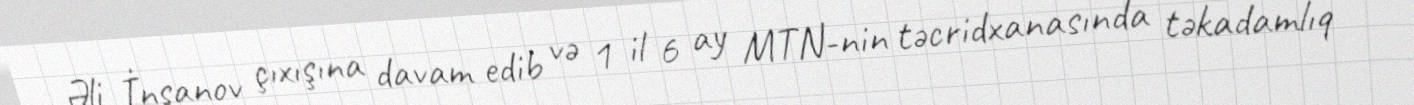
Əli İnsanov çıxışına davam edib və 1 il 6 ay MTN-nin təcridxanasında təkadamlıq